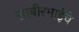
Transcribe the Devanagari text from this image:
साबीरभाईंचे